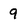
Character: 9